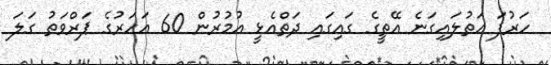
ހަރުފަ އަތުލައިގަނެ އޭތީގެ ގައިގައި ދަތްއެޅީ އުމުރުން 60 އަހަރުގެ ޕަރްވަތު ގަލަ